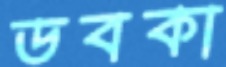
ডবকা